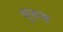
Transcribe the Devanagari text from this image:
धुरुम